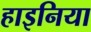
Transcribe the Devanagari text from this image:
हाइनिया